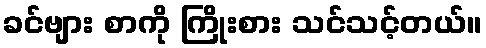
ခင်ဗျား စာကို ကြိုးစား သင်သင့်တယ်။